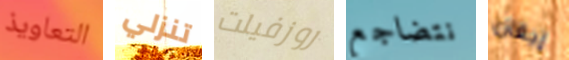
التعاويذ تنزلي روزفيلت نتضاجع إيفان